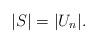
LaTeX: \begin{align*}|S| = |U_n|.\end{align*}